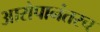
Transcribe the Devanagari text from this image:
आरोपानंतरच